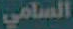
السامي